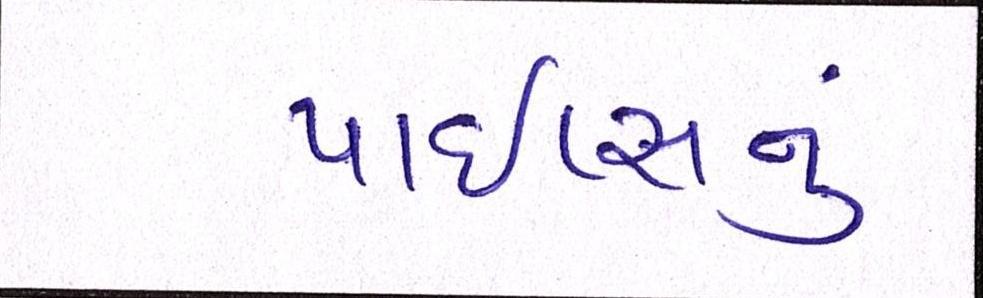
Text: પાઇપ્સનું